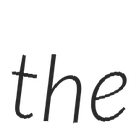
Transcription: the